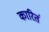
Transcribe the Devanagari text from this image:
कारितं